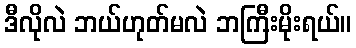
ဒီလိုလဲ ဘယ်ဟုတ်မလဲ ဘကြီးမိုးရယ်။